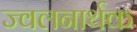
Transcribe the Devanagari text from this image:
ज्वलनार्थक